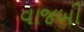
વાજબી